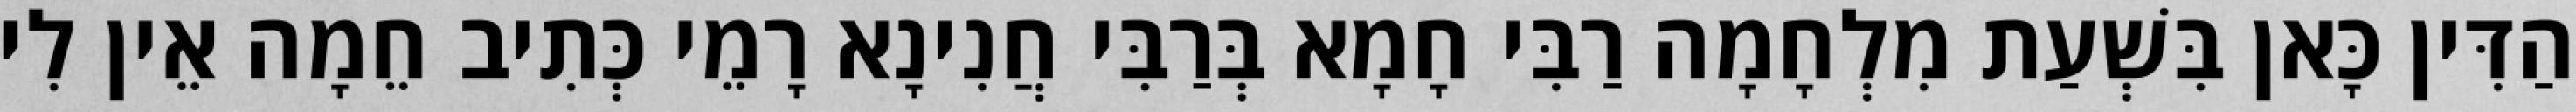
הַדִּין כָּאן בִּשְׁעַת מִלְחָמָה רַבִּי חָמָא בְּרַבִּי חֲנִינָא רָמֵי כְּתִיב חֵמָה אֵין לִי